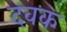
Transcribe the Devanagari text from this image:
दवक